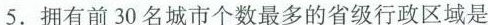
5.拥有前30名城市个数最多的省级行政区域是